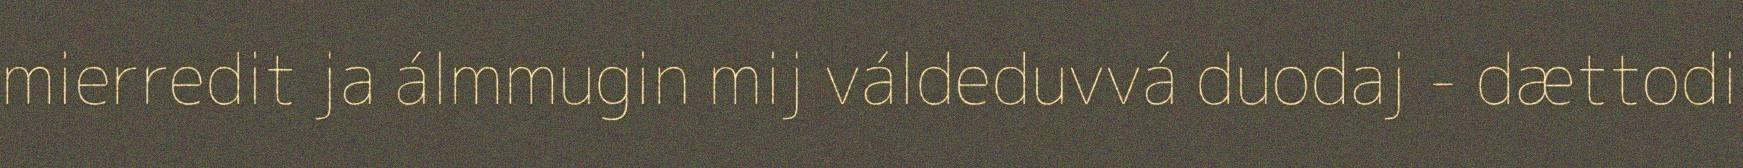
mierredit ja álmmugin mij váldeduvvá duodaj - dættodi